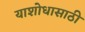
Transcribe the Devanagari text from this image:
याशोधासाठी